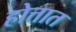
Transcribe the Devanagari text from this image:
होत्तात